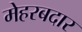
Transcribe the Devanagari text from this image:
मेहरबदार